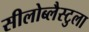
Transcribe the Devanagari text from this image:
सीलोब्लैस्टुला